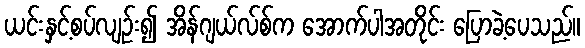
ယင်းနှင့်စပ်လျဉ်း၍ အိန်ဂျယ်လ်စ်က အောက်ပါအတိုင်း ပြောခဲ့ပေသည်။